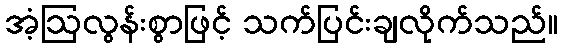
အံ့ဩလွန်းစွာဖြင့် သက်ပြင်းချလိုက်သည်။